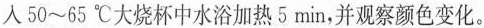
入50~65℃大烧杯中水浴加热5min，并观察颜色变化。